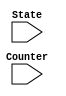
module Print (Counter,State);
input Counter ;
input [127:0]State;

always@(State)
case(Counter)

2'b00 : $display("round[ 0].input\t%h",State);
2'b01 : $display("round[ 0].k_sch\t%h",State);
2'b10 : $display("round[ 1].start\t%h",State);
2'b11 : $display("round[ 1].s_box\t%h",State);

endcase

endmodule